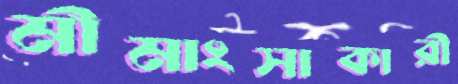
মীমাংসাকারী